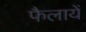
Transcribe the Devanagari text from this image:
फैलायें